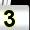
Digit: 3